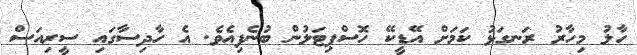
ހާލު މިހާރު ރަނގަޅު ކަމަށް އޭޑީކޭ ހޮސްޕިޓަލުން ބުނެފިއެވެ. އެ ހާދިސާގައި ސީރިއަސް